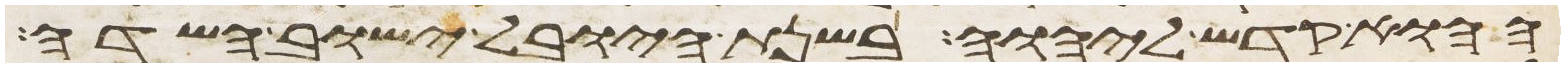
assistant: ההוא קדש ליהוה בשנת היובל ישוב השדה